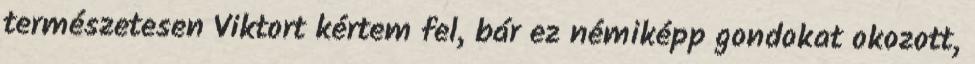
természetesen Viktort kértem fel, bár ez némiképp gondokat okozott,